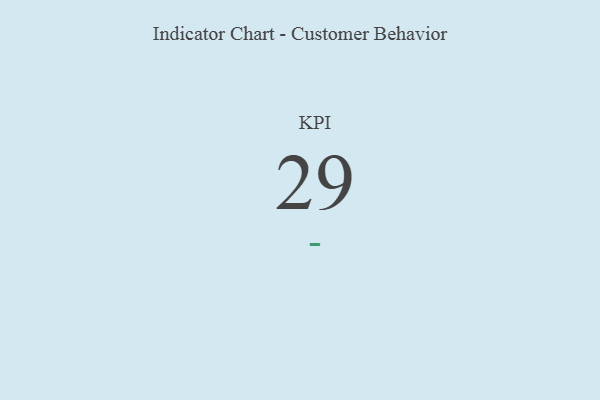
{"axis": {"x": "KPI", "y": "Value"}, "legend": [""], "data": [{"x": "KPI", "y": 29, "type": ""}]}